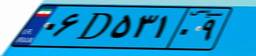
۳۷D۵۴۳۹۹